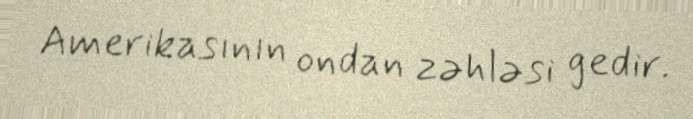
Amerikasının ondan zəhləsi gedir.